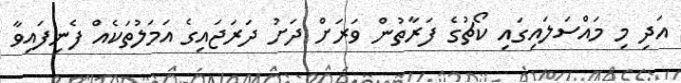
އަދި މި މައްސަލައިގައި ކޯޗުގެ ފަރާތުން ވަރަށް ދަށު ދަރަޖައިގެ އަމަލުތަކެއް ފެނިފައިވާ